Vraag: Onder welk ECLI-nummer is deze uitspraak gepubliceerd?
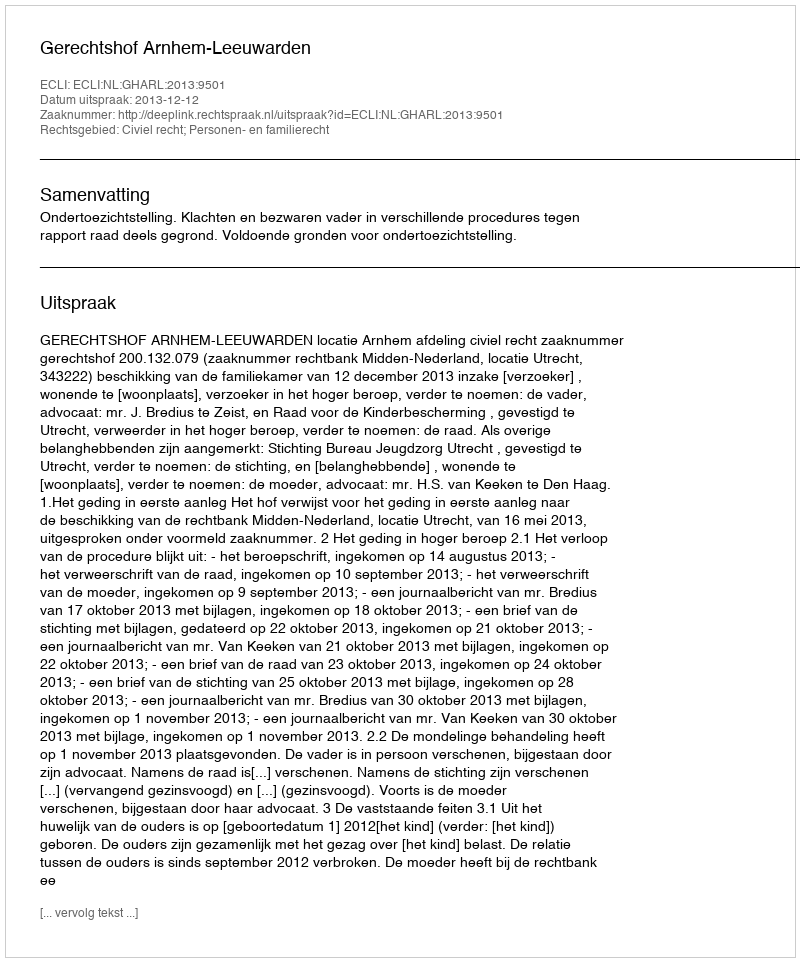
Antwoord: ECLI:NL:GHARL:2013:9501